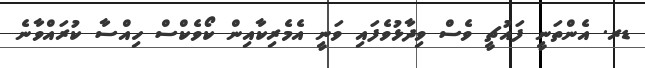
ޑރ. އެންތަނީ ފައުޗީ ވެސް ވިދާޅުވެފައި ވަނީ އެމެރިކާއިން ކޯވެކްސް ހިއްސާ ކުރައްވާނެ